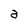
Character: a